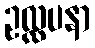
ဥလ္လပနာ